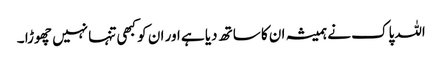
اللہ پاک نے ہمیشہ ان کا ساتھ دیا ہے اور ان کو کبھی تنہا نہیں چھوڑا ۔